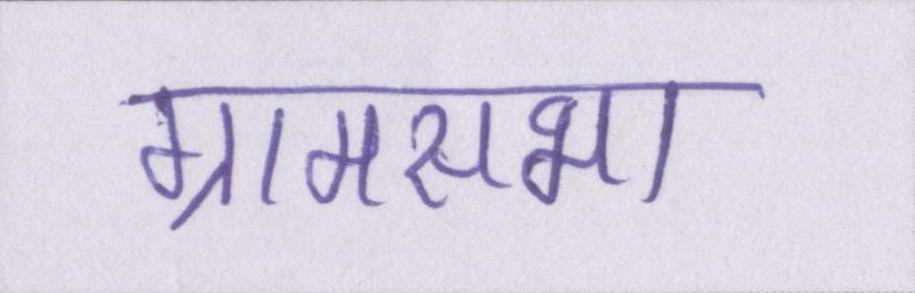
ग्रामसभा